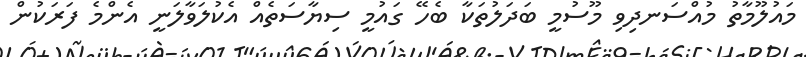
މައުލޫމާތު މުއްސަނދިވި މޫސުމީ ބަދަލުތަކާ ބެހޭ ގައުމީ ސިޔާސަތެއް އެކުލަވާލަނީ އެންމެ ފަރަކުން